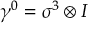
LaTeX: \gamma ^ { 0 } = \sigma ^ { 3 } \otimes I